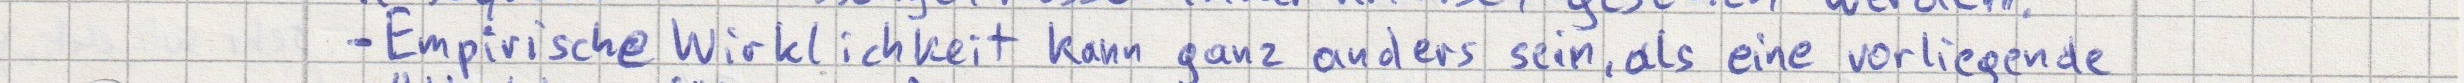
- Empirische Wirklichkeit kann ganz anders sein, als eine vorliegende